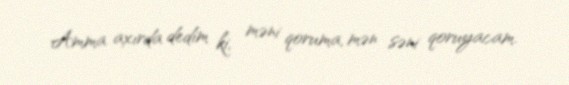
Amma axırda dedim ki, məni qoruma, mən səni qoruyacam.